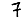
Digit: 7